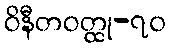
ဝိနီတဝတ္ထု-၇၀